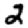
Digit: 2